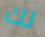
لك